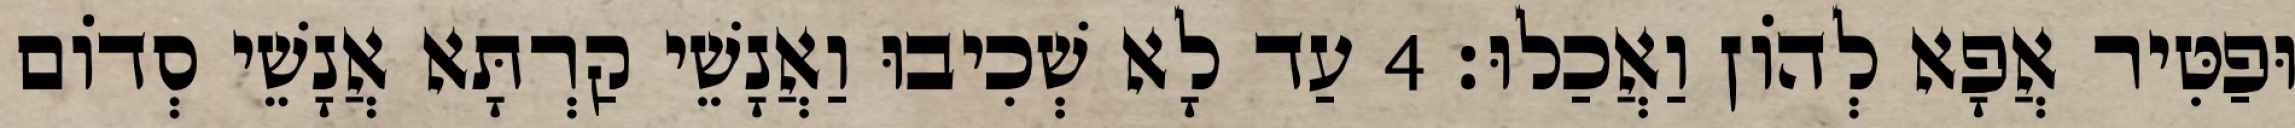
וּפַטִּיר אֲפָא לְהוֹן וַאֲכַלוּ׃ 4 עַד לָא שְׁכִיבוּ וַאֲנָשֵׁי קַרְתָּא אֲנָשֵׁי סְדוֹם